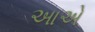
આએ